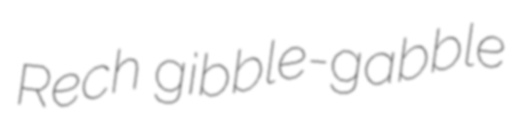
Rech gibble-gabble